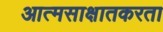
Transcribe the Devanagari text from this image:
आत्मसाक्षातकरता